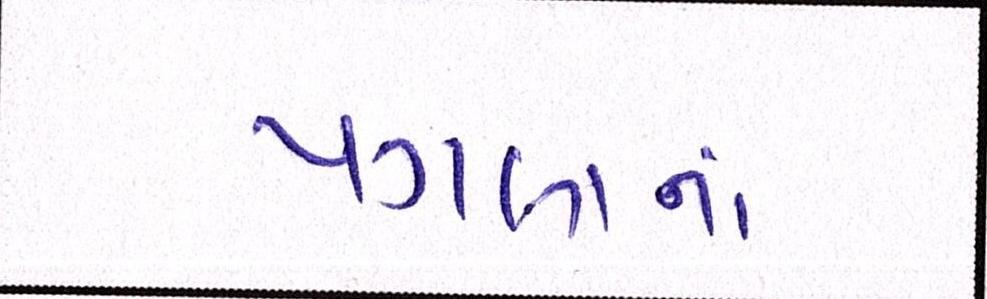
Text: પગલાંના